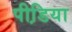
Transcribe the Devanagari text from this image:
पीडि़या